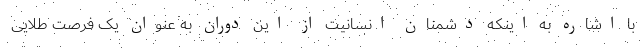
با اشاره به اینکه دشمنان انسانیت از این دوران به عنوان یک فرصت طلایی